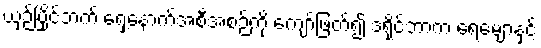
ယှဉ်ပြိုင်ဘက် ရှေ့နောက်အစီအစဉ်ကို ကျော်ဖြတ်၍ ဒရိုင်ဘာက ရေမျောနှင့်